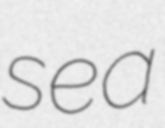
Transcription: sea